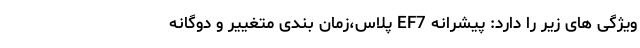
ویژگی های زیر را دارد: پیشرانه EF7 پلاس،زمان بندی متغییر و دوگانه